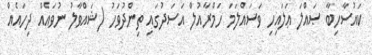
ކައުސާހިބާ ޞައްލަ ޢަލައިހި ވަސައްލަމަ ހަމްރާއުލް އަސަދުގައި ތިންދުވަހު (ޝައްވާލު ނުވައެއް ދިހައެއް